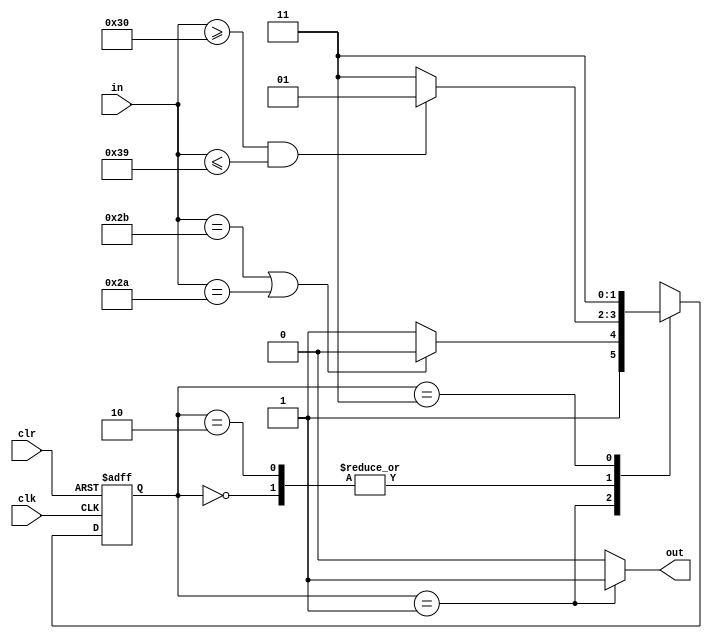
module string(
    input clk,
    input clr,
    input [7:0] in,
    output out
    );

    parameter S0=2'b00,S1=2'b01,S2=2'b10,S3=2'b11;
    reg [1:0] state;

  always @(posedge clk or posedge clr) begin
    if(clr)begin
      state<=S0;
    end
    else begin
      case(state)
        S0: state<=(in>="0" && in<="9")?S1:S3;

        S1:state<=(in=="+" || in=="*")?S2:S3;

        S2:state<= (in>="0"&&in<="9") ?S1:S3;

        S3:state<=S3;
      
      endcase 
    end
  end

  assign out=(state==S1)?1:0;
endmodule